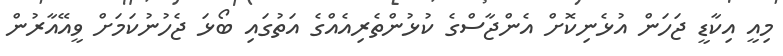
މިއީ އިކާޑީ ޖަހަން އުޅެނިކޮށް އެންޖާސްގެ ކުޅުންތެރިއެއްގެ އަތުގައި ބޯޅަ ޖެހުނުކަމަށް ވީއޭއާރުން